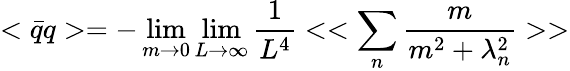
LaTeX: <\bar{q}q>=-\operatorname*{lim}_{m\to 0}\operatorname*{lim}_{L\to\infty}\frac{1}{L^{4}}<<\sum_{n}\frac{m}{m^{2}+\lambda_{n}^{2}}>>